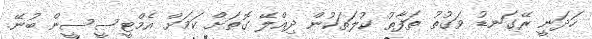
ހަދަނީ ރޭގަނޑު ވަގުތު ތަފާތު ކުލަތަކުން ދިއްލޭ ގޮތަށް ކަމަށް އެމްޓީސީސީން ބުނޭ.